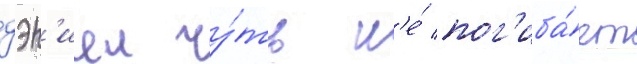
дэн'иел чу́ть н'е́ пог'иба́ет